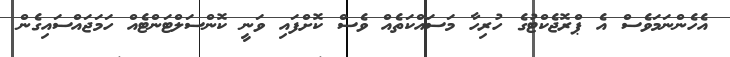
އެހެންނަމަވެސް އެ ޕްރޮޖެކްޓުގެ ހުރިހާ މަސައްކަތެއް ވެސް ކޮށްފައި ވަނީ ކޮންސަލްޓަންޓެއް ހަމަޖައްސައިގެން